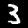
Label: 3